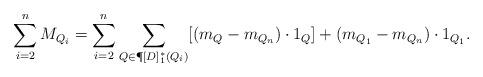
LaTeX: \begin{align*} \sum\limits_{i=2}^n M_{Q_i} =\sum\limits_{i=2}^n \sum\limits_{Q\in \P[D]_1^*(Q_i)} [(m_Q-m_{Q_n})\cdot 1_Q]+ (m_{Q_1}-m_{Q_n})\cdot 1_{Q_1}.\end{align*}